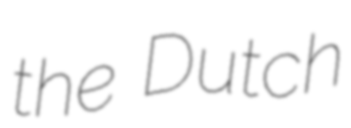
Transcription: the Dutch